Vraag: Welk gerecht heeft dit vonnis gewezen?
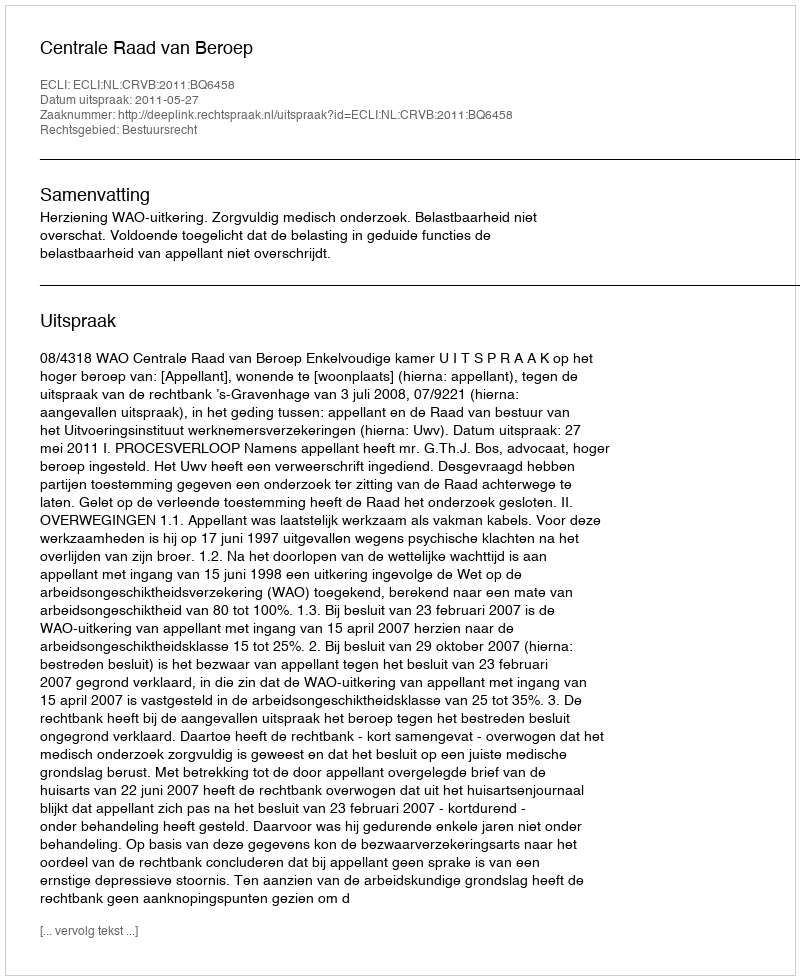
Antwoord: Centrale Raad van Beroep